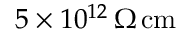
5 \times 1 0 ^ { 1 2 } \, \Omega \, \mathrm { { c m } }